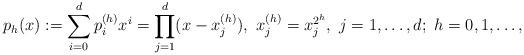
LaTeX: \begin{align*} p_h(x):=\sum_{i=0}^dp_i^{(h)}x^i=\prod_{j=1}^d(x-x_j^{(h)}),~x_j^{(h)}=x_j^{2^h},~j=1,\dots,d;~h=0,1,\dots,\end{align*}